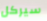
سيركل